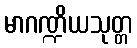
မာဂဏ္ဍိယသုတ္တ